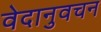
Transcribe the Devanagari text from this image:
वेदानुवचन